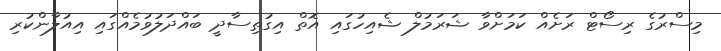
މިސްރުގެ ރިސޯޓް ރަށެއް ކަމަށްވާ ޝަރަމުލް ޝެއިހުގައި އޮތް އިގުތިސާދީ ބައްދަލުވުމެއްގައި އިއުލާންކުރި